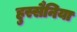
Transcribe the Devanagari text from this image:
हुस्सैनिया